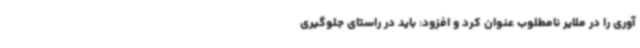
آوری را در ملایر نامطلوب عنوان کرد و افزود: باید در راستای جلوگیری